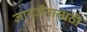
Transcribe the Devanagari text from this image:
ज्ञानर्जनासाठी